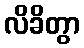
လိခိတွာ